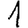
Digit: 1